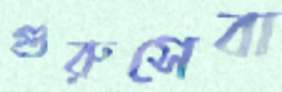
গুরুসেবা